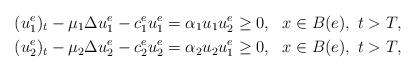
LaTeX: \begin{align*}(u_1^e)_t-\mu_1\Delta u_1^e- c_1^e u_1^e &=\alpha_1 u_1 u_2^e\geq 0,\ \ x\in B(e),\ t>T,\\(u_2^e)_t-\mu_2\Delta u_2^e- c_2^e u_2^e &=\alpha_2 u_2 u^e_1\geq 0,\ \ x\in B(e),\ t>T,\end{align*}